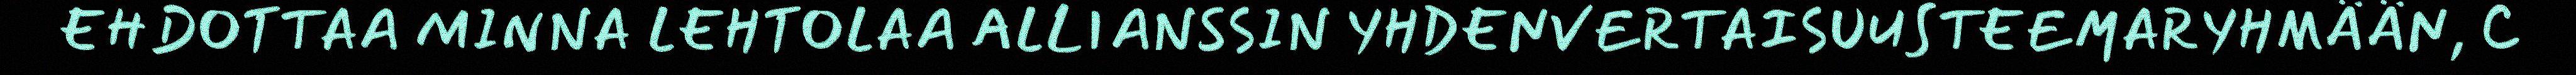
EHDOTTAA MINNA LEHTOLAA ALLIANSSIN YHDENVERTAISUUSTEEMARYHMÄÄN, 